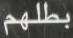
بطلهم